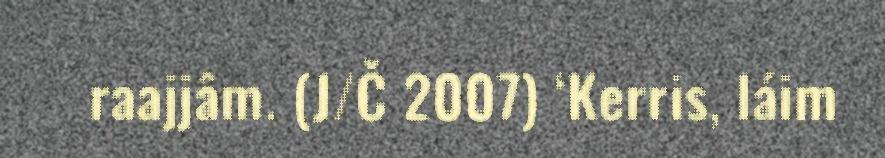
raajjâm. (J/Č 2007) ‘Kerris, láim